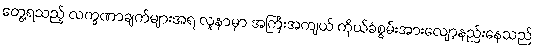
တွေ့ရသည့် လက္ခဏာချက်များအရ လူနာမှာ အကြီးအကျယ် ကိုယ်ခံစွမ်းအားလျော့နည်းနေသည်